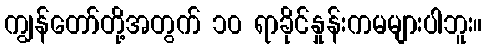
ကျွန်တော်တို့အတွက် ၁၀ ရာခိုင်နှုန်းကမများပါဘူး။